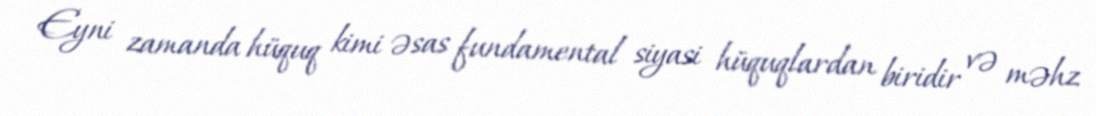
Eyni zamanda hüquq kimi əsas fundamental siyasi hüquqlardan biridir və məhz